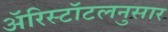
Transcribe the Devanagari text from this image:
ॲरिस्टॉटलनुसार